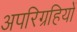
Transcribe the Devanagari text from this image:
अपरिग्रहियों